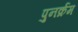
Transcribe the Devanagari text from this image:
पुनर्क्रम